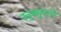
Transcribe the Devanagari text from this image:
खुब्सुरती